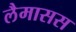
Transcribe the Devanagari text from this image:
लैमासस